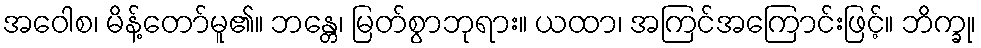
အဝေါစ၊ မိန့်တော်မူ၏။ ဘန္တေ၊ မြတ်စွာဘုရား။ ယထာ၊ အကြင်အကြောင်းဖြင့်။ ဘိက္ခု၊